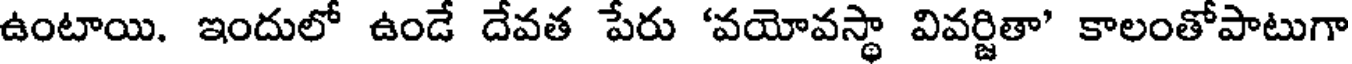
ఉంటాయి. ఇందులో ఉండే దేవత పేరు 'వయోవస్థా వివర్జితా' కాలంతోపాటుగా